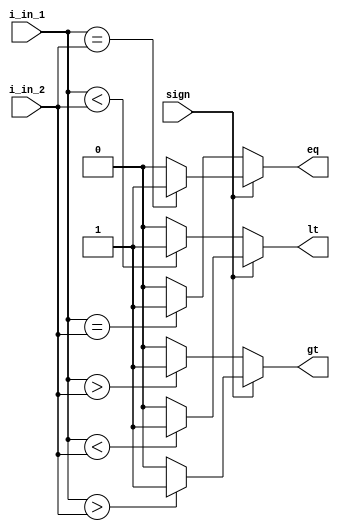
module comparator (input[31:0] i_in_1,
				   input [31:0] i_in_2,
				   input sign,
				   output gt,
                   output lt,
                   output eq); 

	always @(*) begin
		if (sign == 1) begin
			gt <= ( $signed(i_in_1) > $signed(i_in_2)) ? 1'b1 : 1'b0; 
			lt <= ( $signed(i_in_1) < $signed(i_in_2)) ? 1'b1 : 1'b0; 
			eq <= ( $signed(i_in_1) == $signed(i_in_2)) ? 1'b1 : 1'b0;
		end else begin
			gt <= ( i_in_1 > i_in_2 ) ? 1'b1 : 1'b0; 
			lt <= ( i_in_1 < i_in_2 ) ? 1'b1 : 1'b0; 
			eq <= ( i_in_1 == i_in_2) ? 1'b1 : 1'b0;
		end 
    end 
endmodule